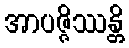
အာပဇ္ဇိဿန္တိ